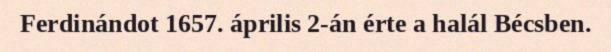
Ferdinándot 1657. április 2-án érte a halál Bécsben.